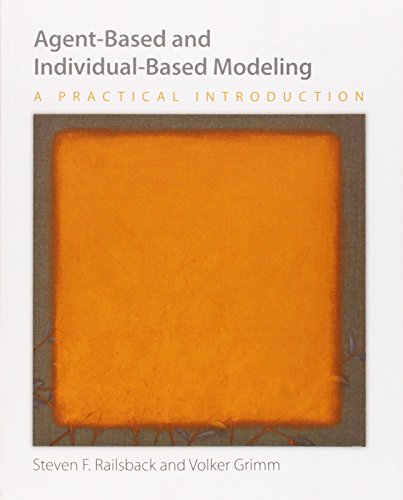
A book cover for Agent-Based and Individual-Based Modeling: A Practical Introduction; Steven F. Railsback; Computers & Technology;